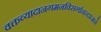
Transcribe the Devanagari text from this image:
वक्तव्यादानगमनविसर्गानन्दात्मने